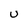
Character: U